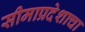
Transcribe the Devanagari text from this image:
सीमाप्रदेशाचा